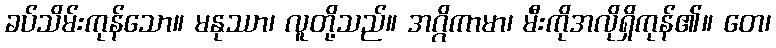
ခပ်သိမ်းကုန်သော။ မနုဿာ၊ လူတို့သည်။ အဂ္ဂိကာမာ၊ မီးကိုအလိုရှိကုန်၏။ တေ၊